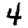
Digit: 4